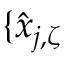
\{ \hat { x } _ { j , \zeta }